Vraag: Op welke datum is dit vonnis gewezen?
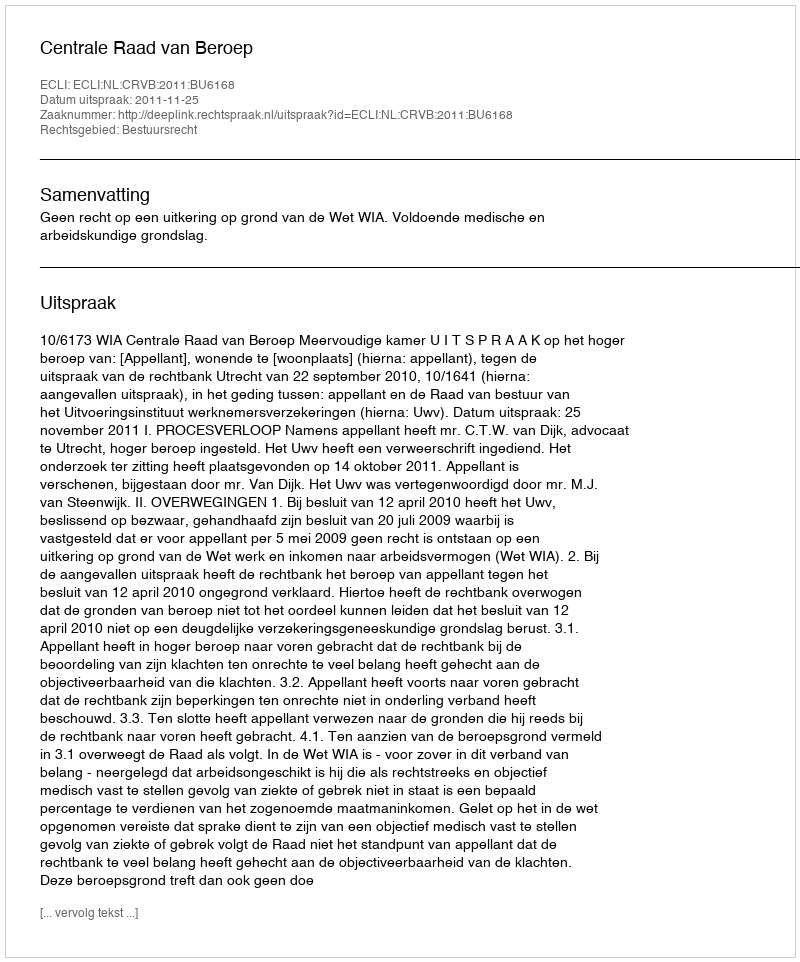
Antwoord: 2011-11-25